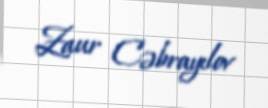
Zaur Cəbrayılov